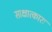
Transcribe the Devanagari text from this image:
साक्षात्कारः